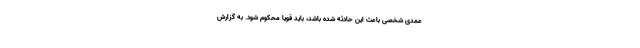
عمدی شخصی باعث این حادثه شده باشد، باید قویا محکوم شود. به گزارش